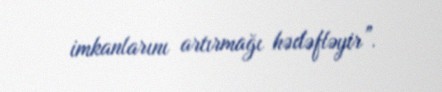
imkanlarını artırmağı hədəfləyir”.